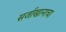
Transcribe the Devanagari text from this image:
सर्जाखानाचा